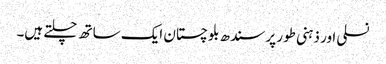
نسلی اور ذہنی طور پر سندھ بلوچستان ایک ساتھ چلتے ہیں۔